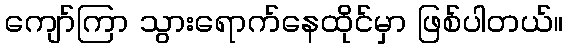
ကျော်ကြာ သွားရောက်နေထိုင်မှာ ဖြစ်ပါတယ်။